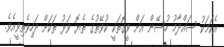
އެކަމަކު ސައްދާމު ހުސޭން އަށް ވީގޮތަކީ ކުވޭތުގެ ތެޔޮ ވަޅު ތަކަށް ދަހިވެތިވީއެވެ.